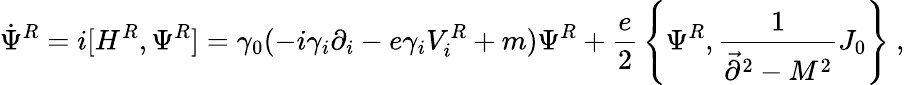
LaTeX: \dot{\Psi}^{R}=i[H^{R},\Psi^{R}]=\gamma_{0}(-i\gamma_{i}\partial_{i}-e\gamma_{i}V_{i}^{R}+m)\Psi^{R}+{\frac{e}{2}}\left\{ \Psi^{R},{\frac{1}{\vec{\partial}^{2}-M^{2}}}J_{0}\right\} ~,